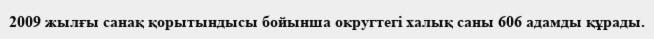
2009 жылғы санақ қорытындысы бойынша округтегі халық саны 606 адамды құрады.